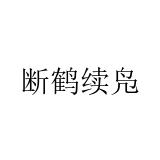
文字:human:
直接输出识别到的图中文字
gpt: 断鹤续凫